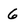
Character: 6